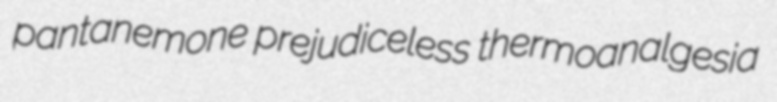
pantanemone prejudiceless thermoanalgesia